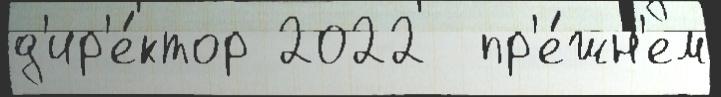
д'ир'е́ктор 2022  пр'е́жн'ем